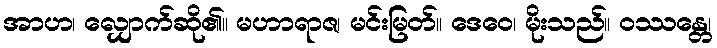
အာဟ၊ လျှောက်ဆို၏။ မဟာရာဇ၊ မင်းမြတ်။ ဒေဝေ၊ မိုးသည်။ ဝဿန္တေ၊